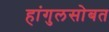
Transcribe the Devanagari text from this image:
हांगुलसोबत